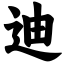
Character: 迪